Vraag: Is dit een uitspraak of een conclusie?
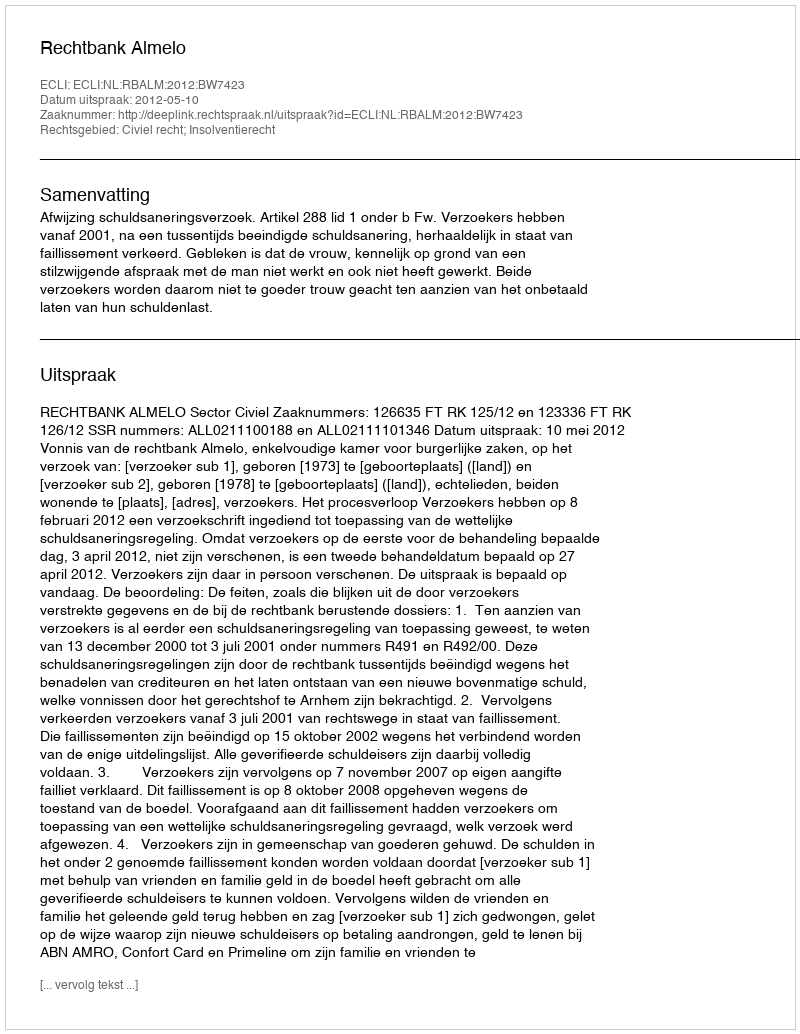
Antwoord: Uitspraak